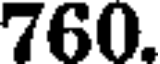
760.